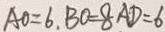
A O = 6 , B O = 8 A D = 6